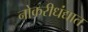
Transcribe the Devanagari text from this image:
नोकरीधंद्यात